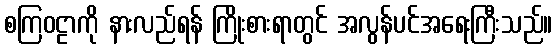
စကြဝဠာကို နားလည်ရန် ကြိုးစားရာတွင် အလွန်ပင်အရေးကြီးသည်။